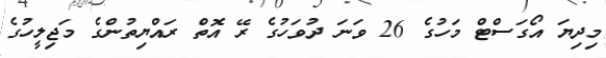
މިދިޔަ އޯގަސްޓް މަހުގެ 26 ވަނަ ދުވަހުގެ ރޭ އޮތް ރައްޔިތުންގެ މަޖިލީހުގެ